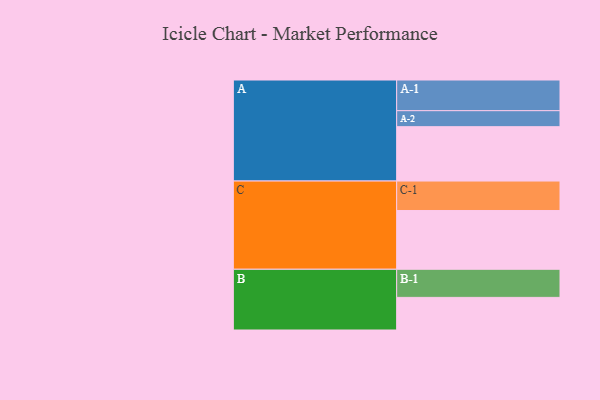
{"axis": {"x": "Segment", "y": "Value"}, "legend": ["", "A", "B", "C"], "data": [{"x": "A", "y": 530, "type": ""}, {"x": "B", "y": 318, "type": ""}, {"x": "C", "y": 573, "type": ""}, {"x": "A-1", "y": 299, "type": "A"}, {"x": "A-2", "y": 156, "type": "A"}, {"x": "B-1", "y": 274, "type": "B"}, {"x": "C-1", "y": 287, "type": "C"}]}